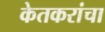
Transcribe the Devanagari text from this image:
केतकरांचा